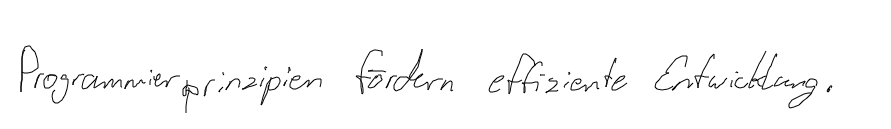
Programmierprinzipien fördern effiziente Entwicklung.